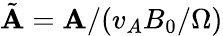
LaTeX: \tilde{\textbf{A}}=\textbf{A}/(v_{A}B_{0}/\Omega)